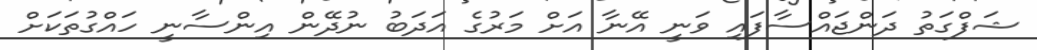
ޝަފްގަތު ދަންޖައްސާފައި ވަނީ އޭނާ އަށް މަރުގެ އަދަބު ނުދޭން އިންސާނީ ހައްގުތަކަށް